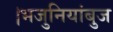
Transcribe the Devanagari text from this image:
।भजुनियांबुज